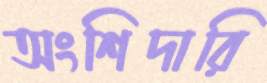
অংশিদারি